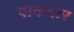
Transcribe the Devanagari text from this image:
पावणार